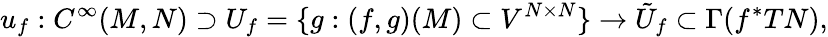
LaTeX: u_{f}:C^{\infty}(M,N)\supset U_{f}=\{ g:(f,g)(M)\subset V^{N\times N}\} \to{\tilde{U}}_{f}\subset\Gamma(f^{*}TN),